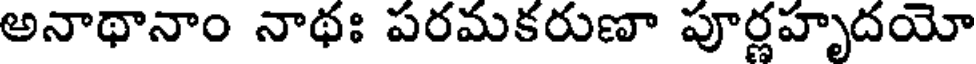
అనాథానాం నాథః పరమకరుణా పూర్ణహృదయో